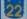
22